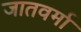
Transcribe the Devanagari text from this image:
जातवर्मा